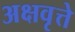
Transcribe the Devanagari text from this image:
अक्षवृत्ते